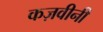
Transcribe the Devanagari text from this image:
कज़वीनी